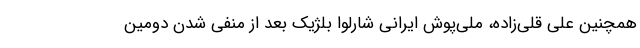
همچنین علی قلی‌زاده، ملی‌پوش ایرانی شارلوا بلژیک بعد از منفی شدن دومین